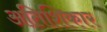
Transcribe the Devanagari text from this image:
अतिशिकार